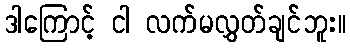
ဒါကြောင့် ငါ လက်မလွှတ်ချင်ဘူး။